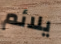
يلائم